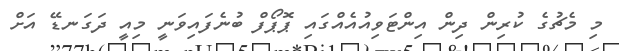
މި މެޗުގެ ކުރިން ދިން އިންޓަވިއުއެއްގައި ޕޮޕޯފް ބުނެފައިވަނީ މިއީ ދަގަނޑޭ އަށް